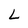
Character: L